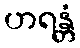
ဟရန္တံ